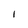
Character: l